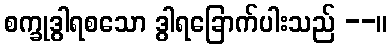
စက္ခုဒွါရစသော ဒွါရခြောက်ပါးသည် --။